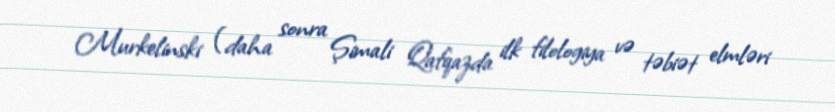
Murkelinski (daha sonra Şimali Qafqazda ilk filologiya və təbiət elmləri